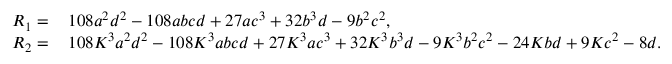
\begin{array} { r l } { R _ { 1 } = \, } & { 1 0 8 a ^ { 2 } d ^ { 2 } - 1 0 8 a b c d + 2 7 a c ^ { 3 } + 3 2 b ^ { 3 } d - 9 b ^ { 2 } c ^ { 2 } , } \\ { R _ { 2 } = \, } & { 1 0 8 K ^ { 3 } a ^ { 2 } d ^ { 2 } - 1 0 8 K ^ { 3 } a b c d + 2 7 K ^ { 3 } a c ^ { 3 } + 3 2 K ^ { 3 } b ^ { 3 } d - 9 K ^ { 3 } b ^ { 2 } c ^ { 2 } - 2 4 K b d + 9 K c ^ { 2 } - 8 d . } \end{array}